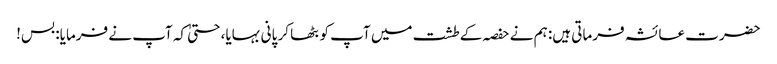
حضرت عائشہ فرماتی ہیں: ہم نے حفصہ کے طشت میں آپ کو بٹھا کر پانی بہایا، حتیٰ کہ آپ نے فرمایا: بس!